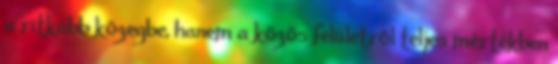
a ritkább közegbe, hanem a közös felületről teljes mértékben